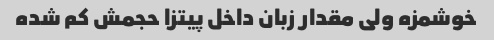
خوشمزه ولی مقدار زبان داخل پیتزا حجمش کم شده